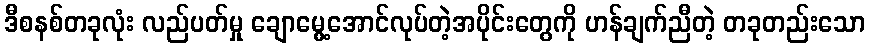
ဒီစနစ်တခုလုံး လည်ပတ်မှု ချောမွေ့အောင်လုပ်တဲ့အပိုင်းတွေကို ဟန်ချက်ညီတဲ့ တခုတည်းသော